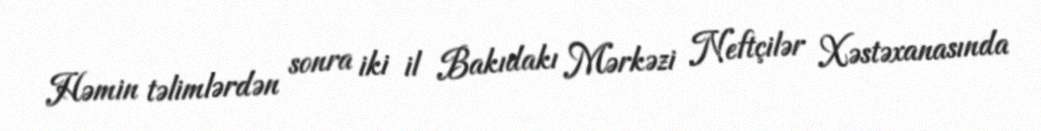
Həmin təlimlərdən sonra iki il Bakıdakı Mərkəzi Neftçilər Xəstəxanasında